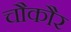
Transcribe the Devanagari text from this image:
चौकौर